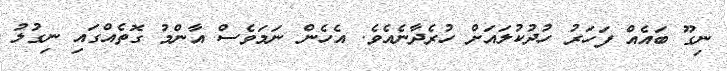
ނިގޫ ބައެއް ފަހަރު ހުދުކުލައަށް ހުރެދާނެއެވެ. އެހެން ނަމަވެސް އާންމު ގޮތެއްގައި ނިގުލު